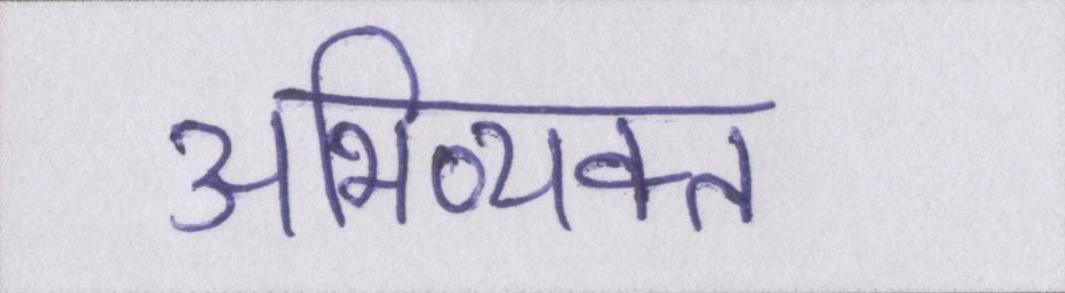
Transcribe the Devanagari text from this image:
अभिव्यक्त